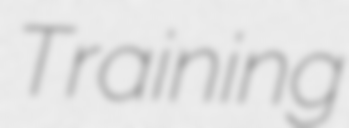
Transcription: Training